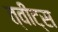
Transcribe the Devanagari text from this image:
त्वीट्स